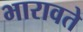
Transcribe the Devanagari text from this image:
भारावते